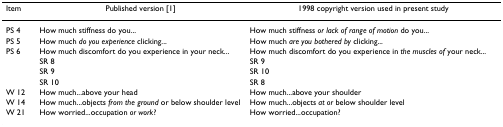
<table><thead><tr><td><b>Item</b></td><td><b>Published version [1]</b></td><td><b>1998 copyright version used in present study</b></td></tr></thead><tbody><tr><td>PS 4</td><td>How much stiffness do you...</td><td>How much stiffness <i>or lack of range of motion </i>do you...</td></tr><tr><td>PS 5</td><td>How much <i>do you experience </i>clicking...</td><td>How much <i>are you bothered by </i>clicking...</td></tr><tr><td>PS 6</td><td>How much discomfort do you experience in your neck...</td><td>How much discomfort do you experience in <i>the muscles of </i>your neck...</td></tr><tr><td></td><td>SR 8</td><td>SR 9</td></tr><tr><td></td><td>SR 9</td><td>SR 10</td></tr><tr><td></td><td>SR 10</td><td>SR 8</td></tr><tr><td>W 12</td><td>How much...above your head</td><td>How much...above your shoulder</td></tr><tr><td>W 14</td><td>How much...objects <i>from the ground </i>or below shoulder level</td><td>How much...objects <i>at or </i>below shoulder level</td></tr><tr><td>W 21</td><td>How worried...occupation <i>or work</i>?</td><td>How worried...occupation?</td></tr></tbody></table>